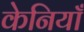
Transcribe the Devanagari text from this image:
केनियाँ